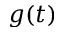
g ( t )